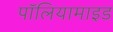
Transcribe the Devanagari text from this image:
पॉलियामाइड